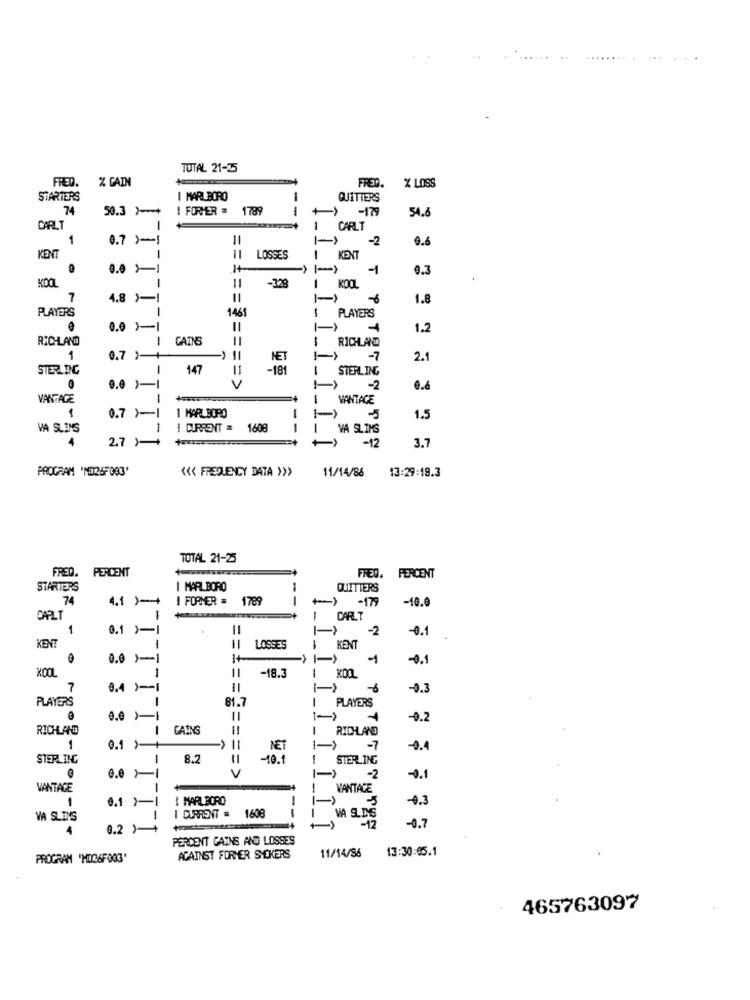
TOTAL 21-35
FRED.
% GAIN
FRED. X LOSS
STARTERS
I MARLBORO
QUITTERS
74
50.3 >+
I FORHER =
--
-> -179
54.8
CARLT
CARLT
1
0.7 ) -!
11
-2
0.6
11 LOSSES
I KENT
0.0 11
1-
0.3
-329
KOOL
7
4.8 )-
==
I-)
1.8
1465
PLAYERS
PLAYERS
1
0.0 >-1
1.2
RICHLAND
CATNE
I RICHARD
1
0.7 )-+
11
NET
-7
2.
STERLING
1
147
11
-181
STERLING
V
-2
e.6
VANTAGE
-
VANTACE
1
0.7 1-1
1 MARLBORO
1-)
1.5
VA SLIMS
1 CURRENT = 1608
--
1
VA SLIMS
2.7 )-+
-12
3.7
PROGRAM 'MED26-083'
11/14/86
"< FREQUENCY DATA >>>
13:29:19.3
TOTAL 21-25
FREQ. PERCENT
FREQ.
PERCENT
STARTERS
I MARLBORO
QUITTERS
74
4.1 )-+
I FORMER =
1789
--
- - 179
-10.0
CARLT
1
1
CARLT
1
0.1 )-1
-2
-0.1
KENT
KENT
-
LOSSES
0.0 )-1
I+
->
-0.1
1
-18.3
7
0.4 )-1
-0.3
81.7
PLAYERS
PLAYERS
-0.2
RICHLAND
-
GAINS
I RICHLAND
1
0.1 )-+
-)
NET
1->
-7
-0.4
STERLING
8.2
-10.1
1
STERLING
V
c.e >1
-2
-0.1
VANTAGE
VANTACE
1
1 MARLBORO
-
0.3
6.1 }-1
1608
VA SLUIS
I CURRENT =
VA SLING
4
0.2 )-+
IIIIIIIII
-12
-0.7
PERCENT CAINS AND LOSSES
11/14/96
13:30:65.1
PROGRAM 'MIG6FOG3'
AGAINST FORMER SHOKERS
465763097